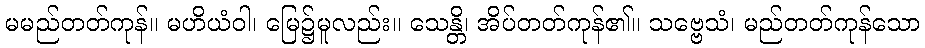
မမည်တတ်ကုန်။ မဟိယံဝါ၊ မြေ၌မူလည်း။ သေန္တိ၊ အိပ်တတ်ကုန်၏။ သဗ္ဗေသံ၊ မည်တတ်ကုန်သော